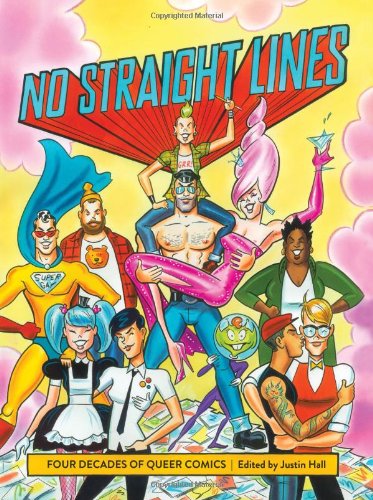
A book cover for No Straight Lines: Four Decades Of Queer Comics; Justin Hall; Comics & Graphic Novels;